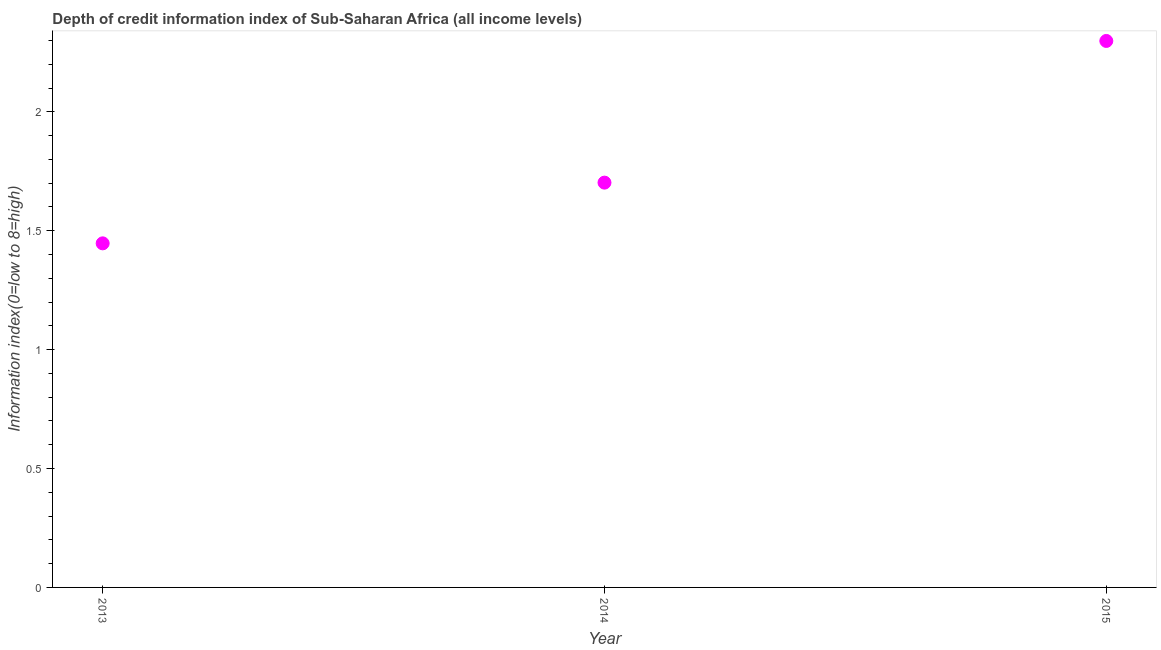
| Year | Depth of credit information index |
 | --- | --- |
 | 2013 | 1.45 |
 | 2014 | 1.7 |
 | 2015 | 2.3 |